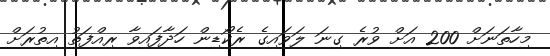
މިހާތަނަށް 200 އަށް ވުރެ ގިނަ ލަވައިގެ ރެކޯޑިން ހަދާފައިވާ ރިއްފަތު އިތުރަށް